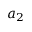
{ a _ { 2 } }